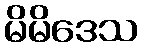
မိမိဒေသ